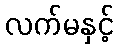
လက်မနှင့်